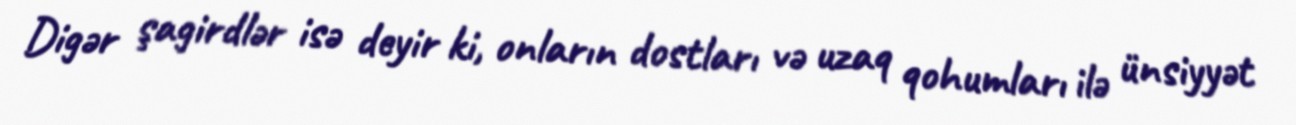
Digər şagirdlər isə deyir ki, onların dostları və uzaq qohumları ilə ünsiyyət